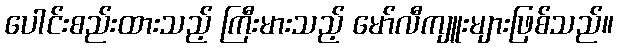
ပေါင်းစည်းထားသည့် ကြီးမားသည့် မော်လီကျူးများဖြစ်သည်။